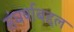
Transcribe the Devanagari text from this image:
संघर्षाबद्दल